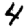
Digit: 4